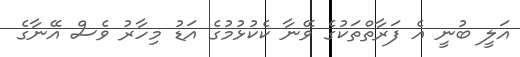
އަލީ ބުނީ އެ ފަރާތްތަކުގެ ވޭނާ ކެކުޅުމުގެ އަޑު މިހާރު ވެސް އޭނާގެ